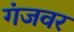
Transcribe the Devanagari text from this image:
गंजवर